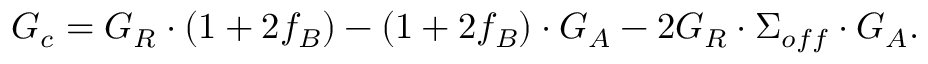
G _ { c } = G _ { R } \cdot ( 1 + 2 f _ { B } ) - ( 1 + 2 f _ { B } ) \cdot G _ { A } - 2 G _ { R } \cdot \Sigma _ { o f f } \cdot G _ { A } .